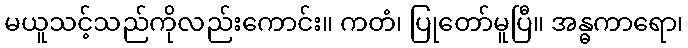
မယူသင့်သည်ကိုလည်းကောင်း။ ကတံ၊ ပြုတော်မူပြီ။ အန္ဓကာရော၊